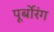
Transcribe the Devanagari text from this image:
पूर्बोरंग